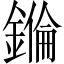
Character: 𨫅